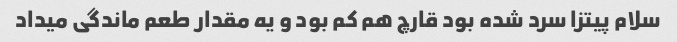
سلام پیتزا سرد شده بود قارچ هم کم بود و یه مقدار طعم ماندگی میداد